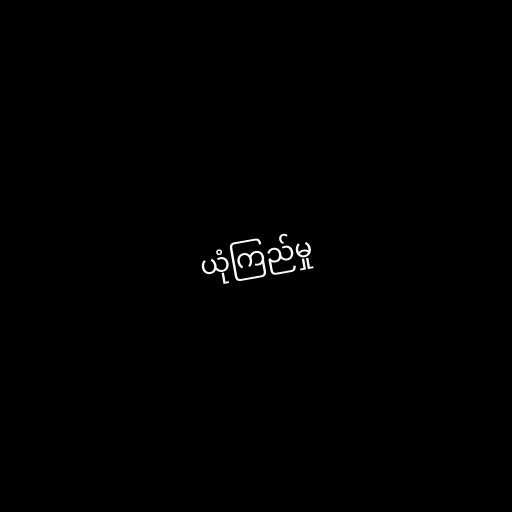
ယုံကြည်မှု